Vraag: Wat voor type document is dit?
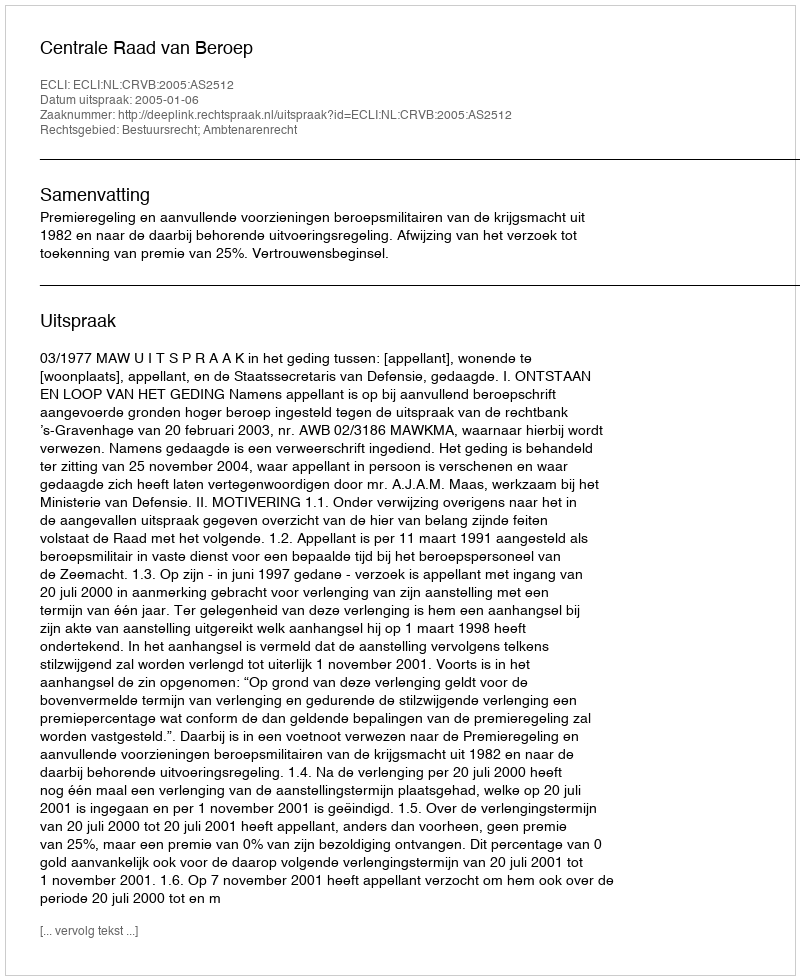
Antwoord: Uitspraak